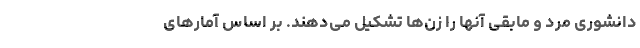
دانشوری مرد و مابقی آنها را زن‌ها تشکیل می‌دهند. بر اساس آمارهای